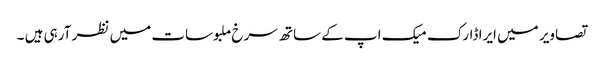
تصاویر میں ایرا ڈارک میک اپ کے ساتھ سرخ ملبوسات میں نظر آرہی ہیں ۔